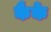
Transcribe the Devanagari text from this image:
कैके